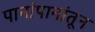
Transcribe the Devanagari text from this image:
पानांपानांतून